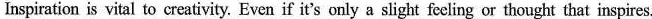
Inspiration is vital to creativity. Even if it's only a slight fecling or thought that inspires.